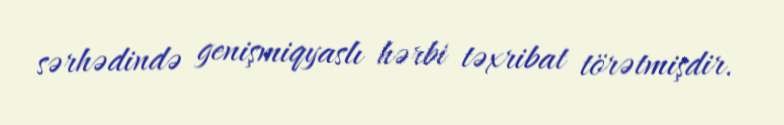
sərhədində genişmiqyaslı hərbi təxribat törətmişdir.